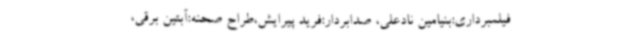
فیلمبرداری:بنیامین نادعلی، صدابردار:فرید پیرایش،طراح صحنه:آبتین برقی،